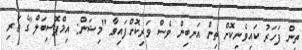
ތިން ފަހަރު ކައިވެނިކޮށް ތިން އަނބިން ވެސް ވަރިކޮށްފައިވާ ''މިޝަން: އިމްޕޮސިބަލް''ގެ ތަރި